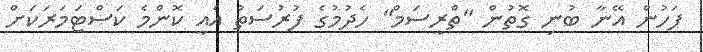
ފަހުން އޭނާ ބުނި ގޮތުން "ތްރީސަމް" ހެދުމުގެ ފުރުސަތު އެއީ ކޮންމެ ކަސްޓަމަރަކަށް